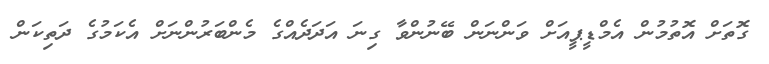
ގޮތަށް އޮތުމުން އެމްޑީޕީއަށް ވަންނަން ބޭނުންވާ ގިނަ އަދަދެއްގެ މެންބަރުންނަށް އެކަމުގެ ދަތިކަން